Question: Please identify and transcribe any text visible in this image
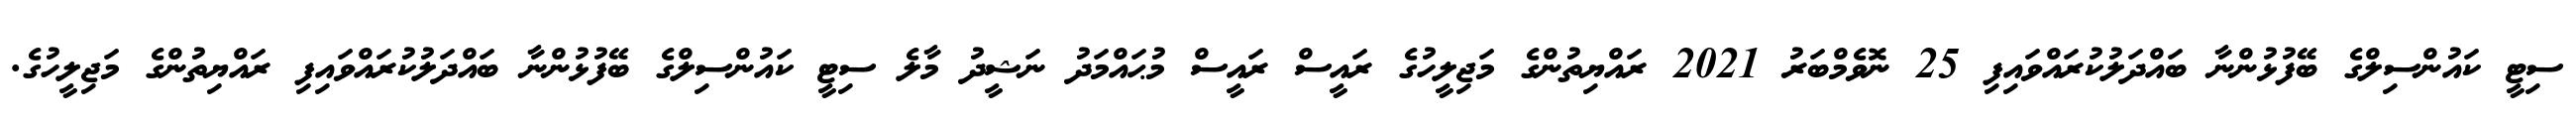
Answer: ސިޓީ ކައުންސިލްގެ ބޭފުޅުންނާ ބައްދަލުކުރައްވައިފި 25 ނޮވެމްބަރު 2021 ރައްޔިތުންގެ މަޖިލީހުގެ ރައީސް ރައީސް މުޙައްމަދު ނަޝީދު މާލެ ސިޓީ ކައުންސިލްގެ ބޭފުޅުންނާ ބައްދަލުކުރައްވައިފި ރައްޔިތުންގެ މަޖިލީހުގެ.